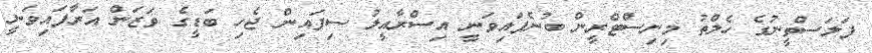
ފަލަސްތީނުގެ ހެލްތު މިނިސްޓްރީން ބުނެފައިވަނީ އިސްރާއީލު ސިފައިން ޖެހި ބަޑީގެ ވަޒަން އަރާފައިވަނީ